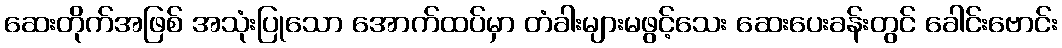
ဆေးတိုက်အဖြစ် အသုံးပြုသော အောက်ထပ်မှာ တံခါးများမဖွင့်သေး ဆေးပေးခန်းတွင် ခေါင်းဗောင်း